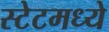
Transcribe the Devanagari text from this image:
स्टेटमध्ये